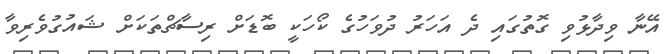
އޭނާ ވިދާޅުވި ގޮތުގައި ދެ އަހަރު ދުވަހުގެ ކޯހަކީ ބޮޑަށް ރިސާޗްތަކަށް ޝައުގުވެރިވާ